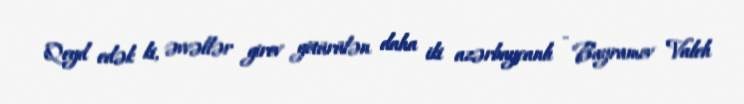
Qeyd edək ki, əvvəllər girov götürülən daha iki azərbaycanlı - Bayramov Valeh